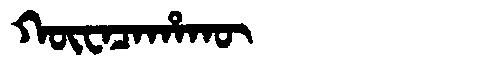
Manchu: ᡴᡡᠸᠠᠴᠠᡥᠠᡴᡡ
Romanization: KŪWACAHAKŪ